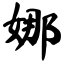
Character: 娜